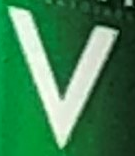
V